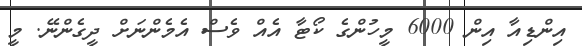
އިންޑިއާ އިން 6000 މީހުންގެ ކޯޓާ އެއް ވެސް އެމެންނަށް ދީގެންނޭ. މީ